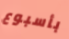
بأسبوع